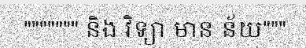
""""""" និង វិទ្យា មាន ន័យ"""